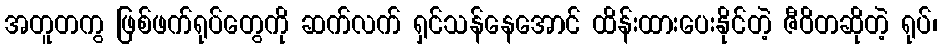
အတူတကွ ဖြစ်ဖက်ရုပ်တွေကို ဆက်လက် ရှင်သန်နေအောင် ထိန်းထားပေးနိုင်တဲ့ ဇီဝိတဆိုတဲ့ ရုပ်၊